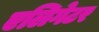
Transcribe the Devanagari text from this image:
एलिगेटर